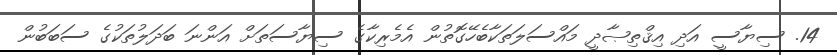
14. ސިޔާސީ އަދި އިޤްތިޞާދީ މައްސަލަތަކާބެހޭގޮތުން އެމެރިކާގެ ސިޔާސަތަށް އަންނަ ބަދަލުތަކުގެ ސަބަބުން